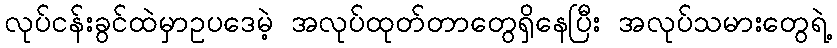
လုပ်ငန်းခွင်ထဲမှာဥပဒေမဲ့ အလုပ်ထုတ်တာတွေရှိနေပြီး အလုပ်သမားတွေရဲ့